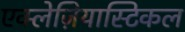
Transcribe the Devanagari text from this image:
एक्लेज़ियास्टिकल